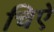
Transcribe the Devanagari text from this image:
चिऐ